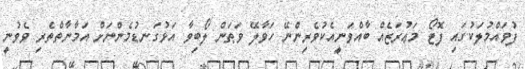
ފުވައްމުލަކުގައި ފޮޓޯ މަޢުރަޒެއް ބާއްވަނީއެކުވެރިންނޭ ހަވާލޭ ވަޠަން ލޯބިވާ އަޅުގަނޑުމެންނަށް އަމާނާތްތެރި ވެވުނީ